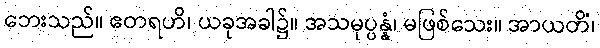
ဘေးသည်။ ဧတရဟိ၊ ယခုအခါ၌။ အသမုပ္ပန္နံ၊ မဖြစ်သေး။ အာယတိံ၊